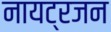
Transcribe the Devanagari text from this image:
नायट्रजन